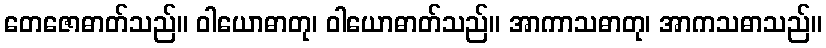
တေဇောဓာတ်သည်။ ဝါယောဓာတု၊ ဝါယောဓာတ်သည်။ အာကာသဓာတု၊ အာကသဓာသည်။